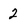
Character: 2